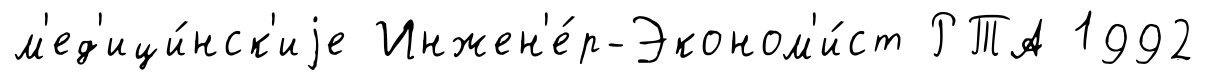
м'ед'ици́нск'иjе Инжен'е́р-Эконом'и́ст РТА 1992